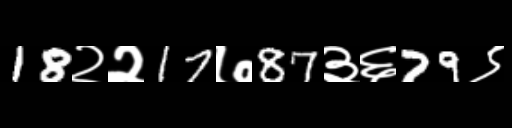
Text: 18२२17७87३६79९